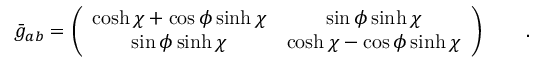
\bar { g } _ { a b } = \left( \begin{array} { c c } { { \displaystyle { \cosh \chi + \cos \phi \sinh \chi } } } & { { \displaystyle { \sin \phi \sinh \chi } } } \\ { { \displaystyle { \sin \phi \sinh \chi } } } & { { \displaystyle { \cosh \chi - \cos \phi \sinh \chi } } } \end{array} \right) \qquad .